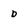
Character: D